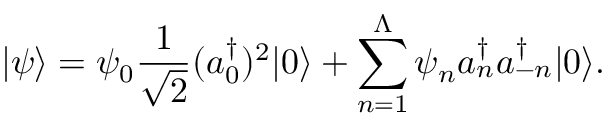
| \psi \rangle = \psi _ { 0 } { \frac { 1 } { \sqrt { 2 } } } ( a _ { 0 } ^ { \dagger } ) ^ { 2 } | 0 \rangle + \sum _ { n = 1 } ^ { \Lambda } \psi _ { n } a _ { n } ^ { \dagger } a _ { - n } ^ { \dagger } | 0 \rangle .